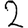
Digit: 2